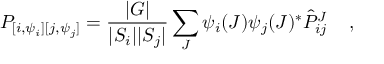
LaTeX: P _ { [ { i } , \psi _ { i } ] [ { j } , \psi _ { j } ] } = { \frac { | { \cal G } | } { | { \cal S } _ { i } | | { \cal S } _ { j } | } } \sum _ { J } \psi _ { i } ( J ) \psi _ { j } ( J ) ^ { * } \hat { P } _ { { i } { j } } ^ { J } \; \; \; \; ,